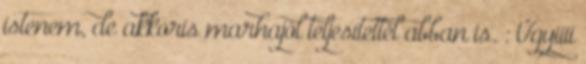
istenem, de akkoris marhajól teljesítettél abban is. : Ügyiiii